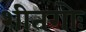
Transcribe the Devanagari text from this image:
शीतगोः